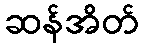
ဆန်အိတ်